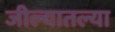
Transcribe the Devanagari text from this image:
जील्यातल्या